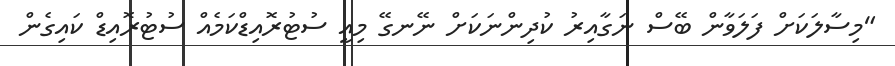
"މިސާލަކަށް ފަލަވާން ބޭސް ނަގާއިރު ކުދިންނަކަށް ނޭނގޭ މިއީ ސުޓުރޮއިޑްކަމެއް ސުޓުރޮއިޑް ކައިގެން